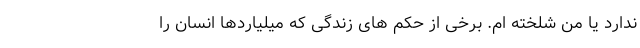
ندارد یا من شلخته ام. برخی از حکم های زندگی که میلیاردها انسان را